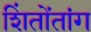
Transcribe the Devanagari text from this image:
शिंतोंतांग